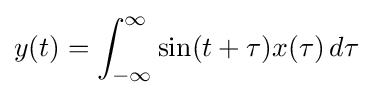
y(t)=\int _{-\infty }^{\infty }\sin(t+\tau )x(\tau )\,d\tau